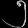
Digit: ၅